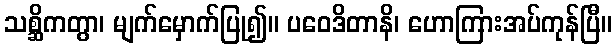
သစ္ဆိကတွာ၊ မျက်မှောက်ပြု၍။ ပဝေဒိတာနိ၊ ဟောကြားအပ်ကုန်ပြီ။